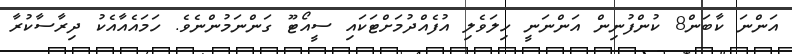
އަންނަ ކާބަން8 ކުންފުނިން އަންނަނީ ހިލަވެލި އުފެއްދުމަށްޓަކައި ސީއޯޓޫ ގަންނަމުންނެވެ. ހަމައެއާއެކު ދިރާސާކުރާ